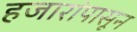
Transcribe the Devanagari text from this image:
हजारांपासून